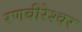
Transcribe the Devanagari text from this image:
रणबीरेश्वर